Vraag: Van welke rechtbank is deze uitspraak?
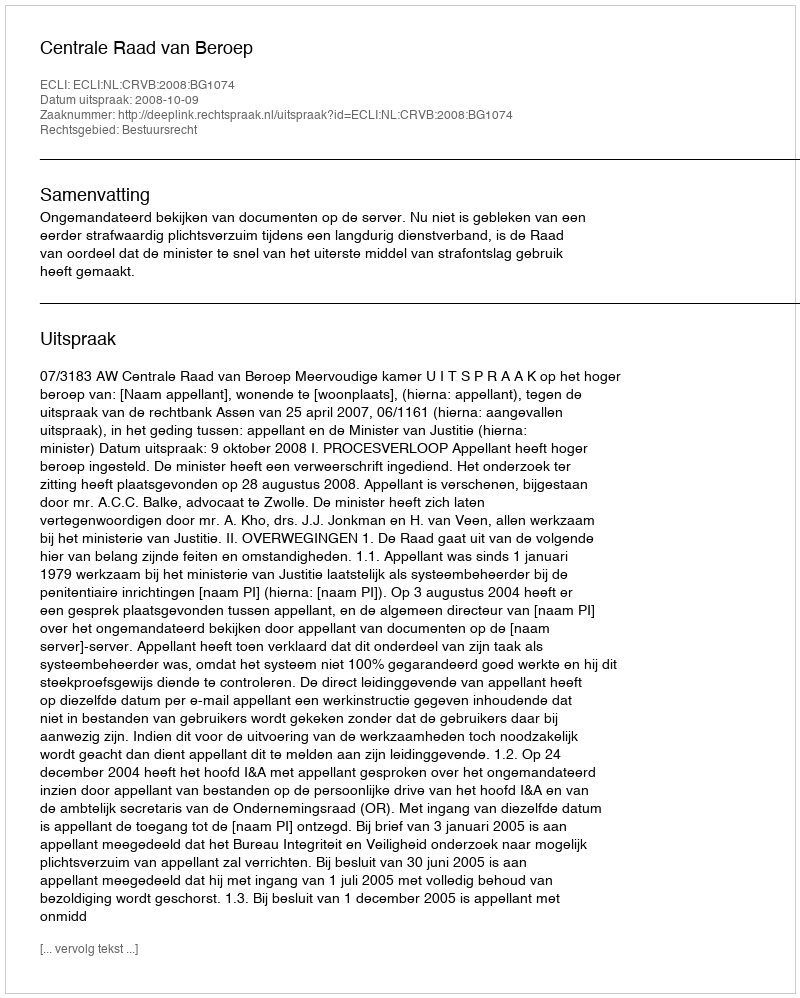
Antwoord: Centrale Raad van Beroep